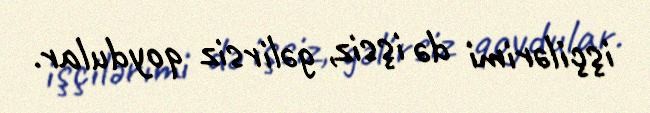
işçilərimi də işsiz, gəlirsiz qoydular.